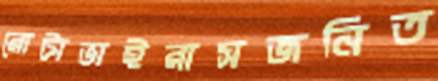
রোটাভাইরাসজনিত